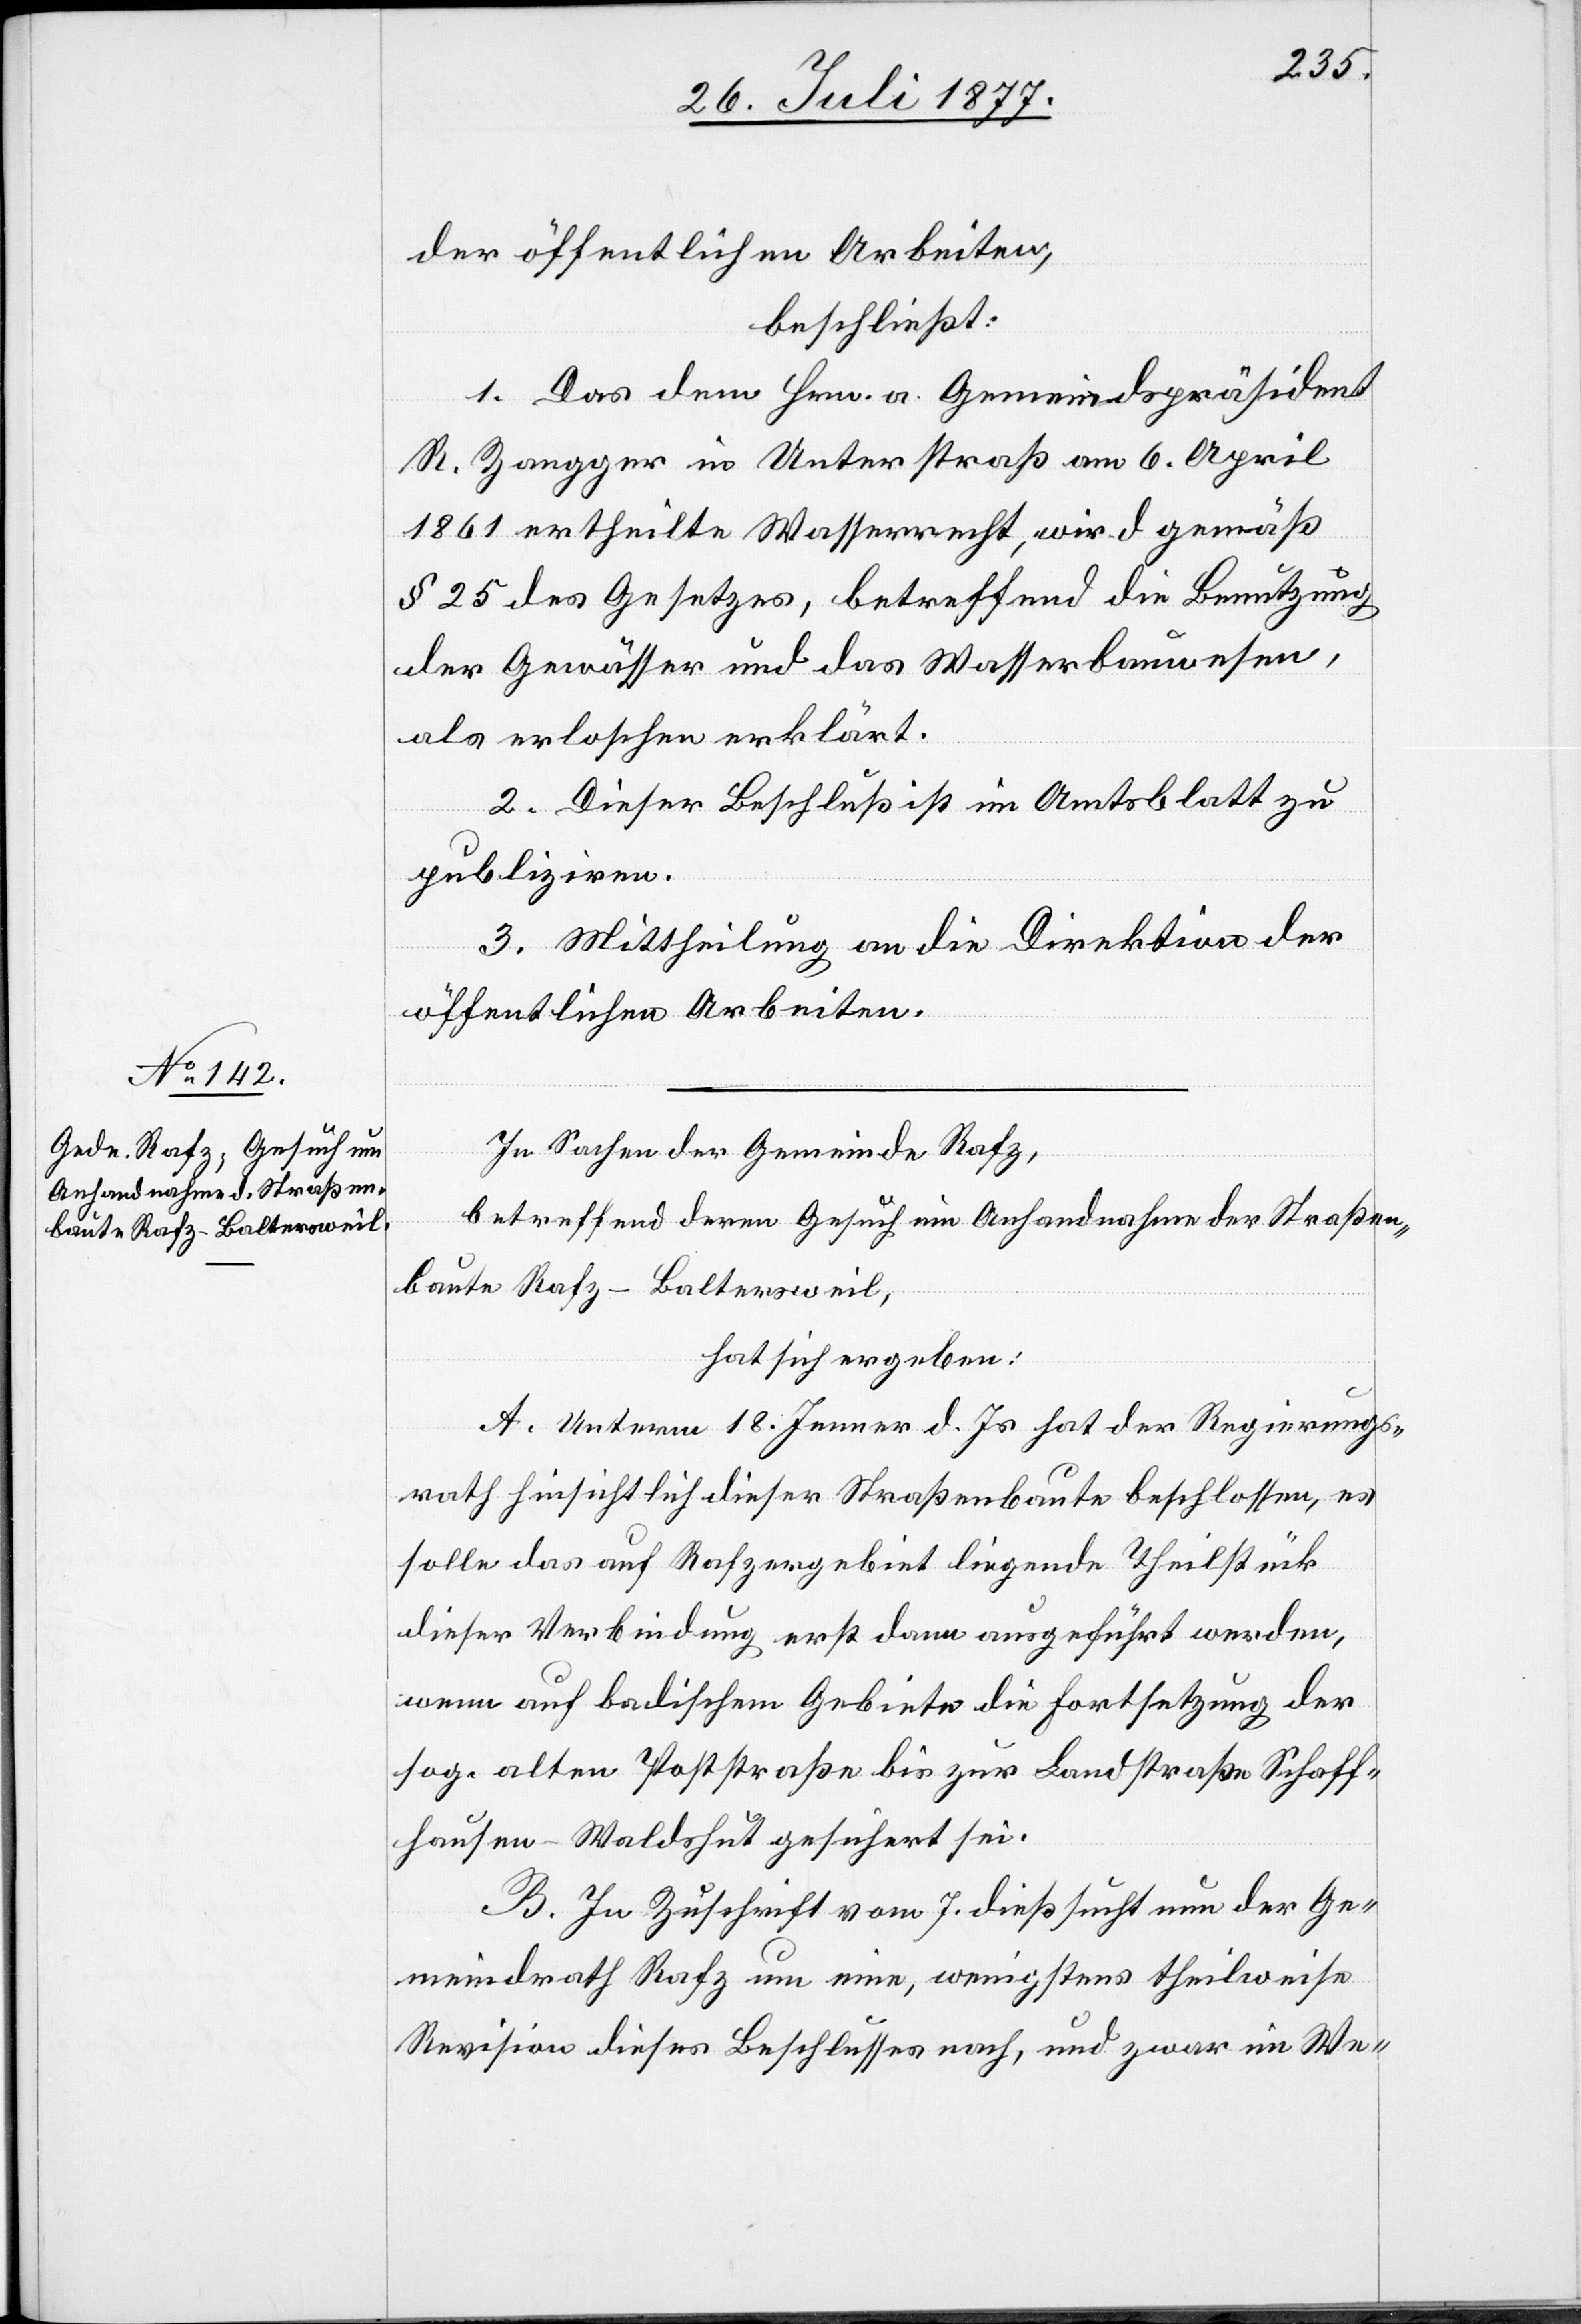
der öffentlichen Arbeiten,
beschließt:
1. Das dem Hrn. a. Gemeindspräsident
R. Zangger in Unterstraß am 6. April
1861 ertheilte Wasserrecht, wird gemäß
§ 25 des Gesetzes, betreffend die Benutzung
der Gewässer und das Wasserbauwesen,
als erloschen erklärt.
2. Dieser Beschluß ist im Amtsblatt zu
publiziren.
3. Mittheilung an die Direktion der
öffentlichen Arbeiten.
In Sachen der Gemeinde Rafz,
betreffend deren Gesuch um Anhandnahme der Straßen¬
baute Rafz–Baltersweil,
hat sich ergeben:
A. Unterm 18. Jenner d. Js. hat der Regierungs¬
rath hinsichtlich dieser Straßenbaute beschlossen, es
solle das auf Rafzergebiet liegende Theilstück
dieser Verbindung erst dann ausgeführt werden,
wenn auf badischem Gebiete die Fortsetzung der
sog. alten Poststraße bis zur Landstraße Schaff¬
hausen–Waldshut gesichert sei.
B. In Zuschrift vom 7. dieß sucht nun der Ge¬
meindrath Rafz um eine, wenigstens theilweise
Revision dieses Beschlusses nach, und zwar im We-